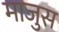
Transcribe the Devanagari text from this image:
माजुस